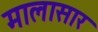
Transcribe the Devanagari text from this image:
मालासार